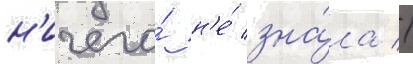
н'ичего́ н'е́ зна́ла //